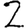
Digit: 2